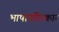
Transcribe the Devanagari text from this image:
भाषापरिष्कार